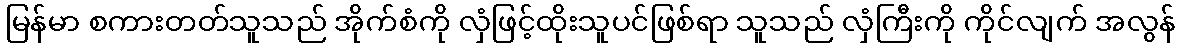
မြန်မာ စကားတတ်သူသည် အိုက်စံကို လှံဖြင့်ထိုးသူပင်ဖြစ်ရာ သူသည် လှံကြီးကို ကိုင်လျက် အလွန်